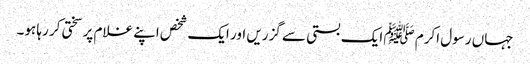
جہاں رسول اکرم ﷺ ایک بستی سے گزریں اور ایک شخص اپنے غلام پر سختی کر رہا ہو۔